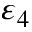
\varepsilon _ { 4 }